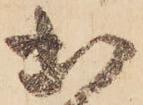
出